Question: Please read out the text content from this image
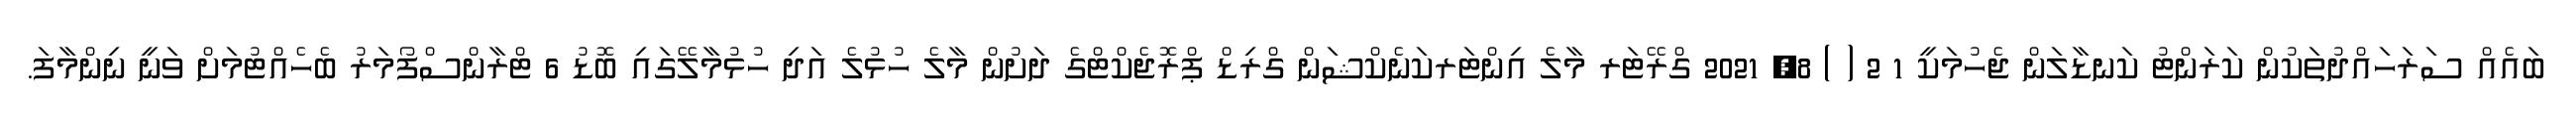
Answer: ބައެއް ސަރަހައްދުތަކުން ކަރަންޓު ކަނޑާލަން ޖެހުމަކީ 1 2 ( ) 8, 2021 ގްރޭޓަރ މާލެ އިންޓަރކަނެކްޝަން ގްރިޑް ޕްރޮޖެކްޓްގެ ދަށުން މާލެ ހުޅުލެ އަދި ހުޅުމާލޭގައި ބޮޑު 6 ޓްރާންސްފޯމަރު ބެހެއްޓުމަށް ވަނީ ނިންމާފަ.